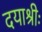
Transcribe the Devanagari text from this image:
दयाश्रीः